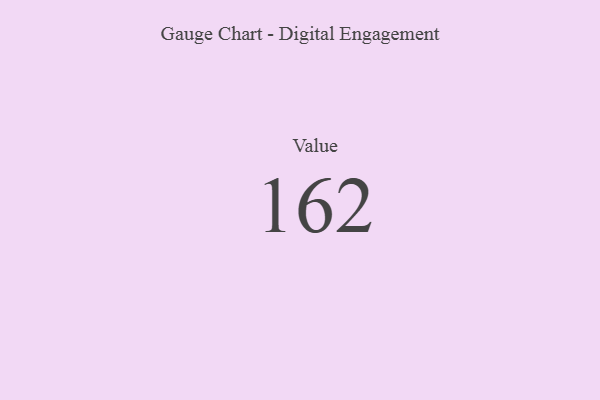
{"axis": {"x": "Metric", "y": "Value"}, "legend": [""], "data": [{"x": "Value", "y": 162, "type": ""}]}